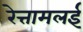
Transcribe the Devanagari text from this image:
रेत्तामलई